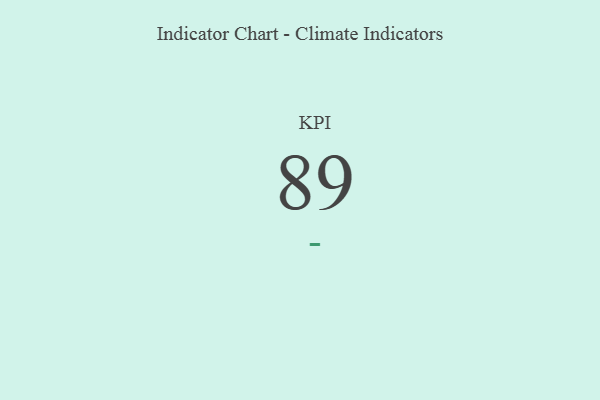
{"axis": {"x": "KPI", "y": "Value"}, "legend": [""], "data": [{"x": "KPI", "y": 89, "type": ""}]}